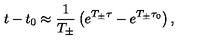
t - t _ { 0 } \approx \frac { 1 } { T _ { \pm } } \left( e ^ { T _ { \pm } \tau } - e ^ { T _ { \pm } \tau _ { 0 } } \right) ,